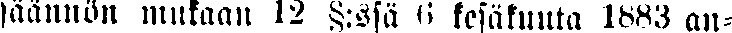
säännön mukaan 12 §:ssä 6 kesäkuuta 1883 an-